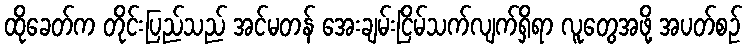
ထိုခေတ်က တိုင်းပြည်သည် အင်မတန် အေးချမ်းငြိမ်သက်လျက်ရှိရာ လူတွေအဖို့ အပတ်စဉ်